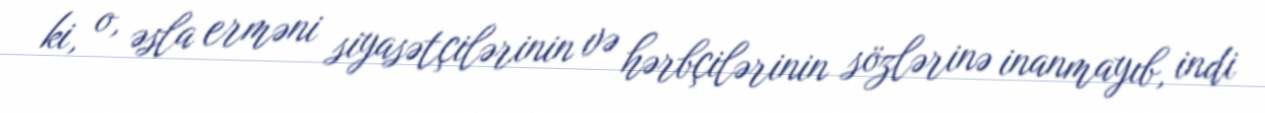
ki, o, əsla erməni siyasətçilərinin və hərbçilərinin sözlərinə inanmayıb, indi